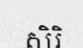
សិរិ